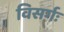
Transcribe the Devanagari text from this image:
विसर्गः